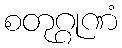
စတုဂ္ဂုဏံ